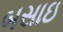
બસાઇ